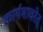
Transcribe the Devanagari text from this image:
कार्यमाचरेत्